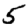
Digit: 5